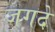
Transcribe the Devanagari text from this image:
जगदे